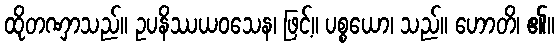
ထိုတဏှာသည်။ ဥပနိဿယဝသေန၊ ဖြင့်။ ပစ္စယော၊ သည်။ ဟောတိ၊ ၏။